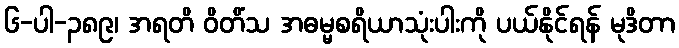
၆-ပါ-၃၈၉၊ အရတိ ဝိတိံသ အဓမ္မစရိယာသုံးပါးကို ပယ်နိုင်ရန် မုဒိတာ